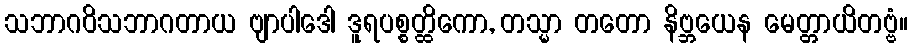
သဘာဂဝိသဘာဂတာယ ဗျာပါဒေါ ဒူရပစ္စတ္ထိကော, တသ္မာ တတော နိဗ္ဘယေန မေတ္တာယိတဗ္ဗံ။